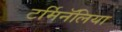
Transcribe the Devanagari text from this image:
टर्मिनॅलिया